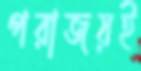
পরাজয়ই